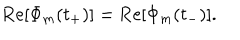
\mathrm { R e } [ \Phi _ { m } ( t _ { + } ) ] = \mathrm { R e } [ \Phi _ { m } ( t _ { - } ) ] .